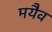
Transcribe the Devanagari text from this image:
मयैव